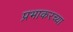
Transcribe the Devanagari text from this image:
प्रभाकरच्या